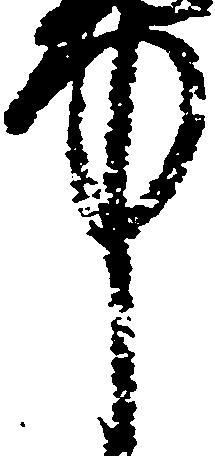
中